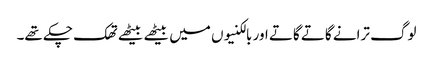
لوگ ترانے گاتے گاتے اور بالکنیوں میں بیٹھے بیٹھے تھک چکے تھے۔